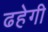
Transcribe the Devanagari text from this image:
ढहेगी